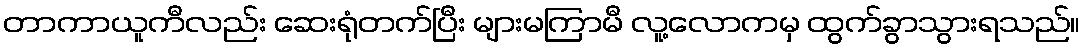
တာကာယူကီလည်း ဆေးရုံတက်ပြီး များမကြာမီ လူ့လောကမှ ထွက်ခွာသွားရသည်။